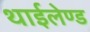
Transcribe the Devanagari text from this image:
थाईलेण्ड